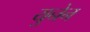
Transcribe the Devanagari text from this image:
युनेन